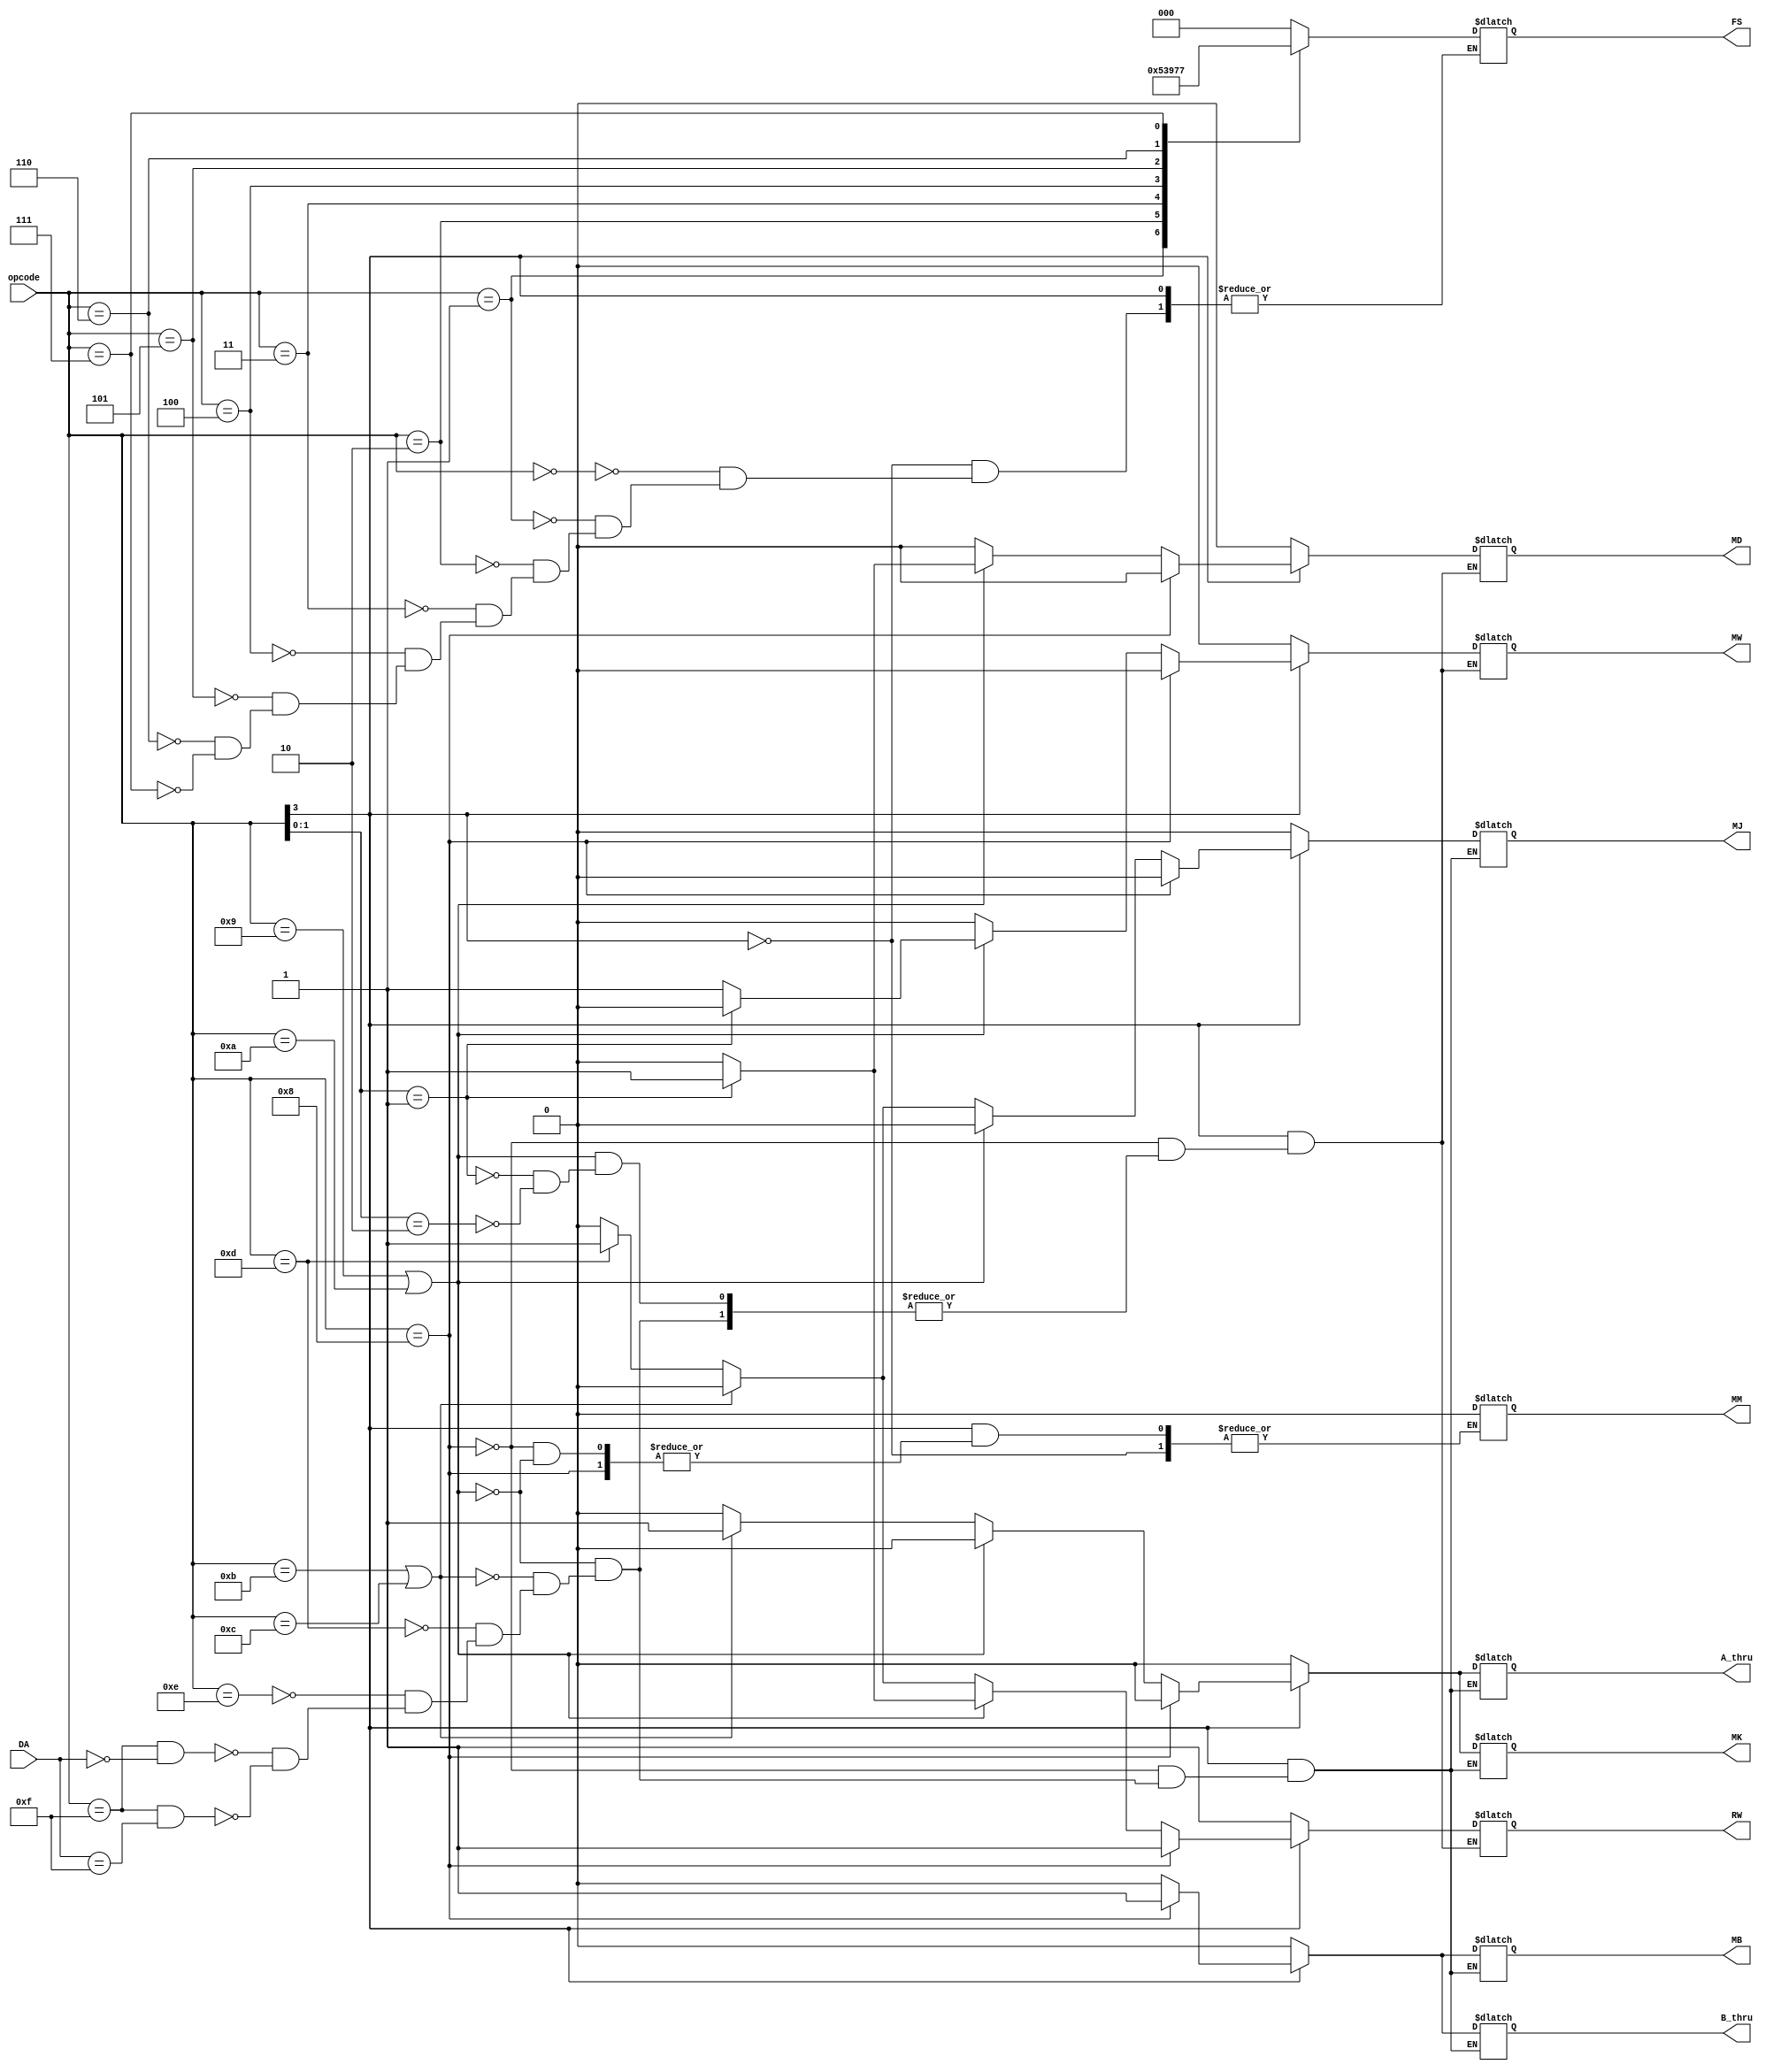
`timescale 1ns / 1ps
//////////////////////////////////////////////////////////////////////////////////
// Company: 
// Engineer: 
// 
// Design Name: 
// Module Name:    instruction_decoder 
// Project Name: 
// Target Devices: 
// Tool versions: 
// Description: 
//
// Dependencies: 
//
// Revision: 
// Revision 0.01 - File Created
// Additional Comments: 
//
//////////////////////////////////////////////////////////////////////////////////
module instruction_decoder(opcode, DA, FS, RW, MB, MD, MJ, MM, MW, MK, B_thru, A_thru);

	input [3:0] opcode, DA;
	
	output reg [2:0] FS;
	output reg RW, MB, MD, MJ, MM, MW, MK, A_thru, B_thru;
	
	always@(opcode)
	begin
		if(opcode[3] == 0)
		begin
			RW <= 1;
			MB <= 0;
			MD <= 0;
			MJ <= 0;
			MW <= 0;
			MK <= 0;
			A_thru <= 0;
			B_thru <= 0;
			case(opcode)
				4'b0000: FS <= 3'b000;
				4'b0001: FS <= 3'b001;
				4'b0010: FS <= 3'b010;
				4'b0011: FS <= 3'b011;
				4'b0100: FS <= 3'b100;
				4'b0101: FS <= 3'b101;
				4'b0110: FS <= 3'b110;
				4'b0111: FS <= 3'b111;
			endcase
		end
		
		else if(opcode == 4'b1000)
		begin
			RW <= 1;
			MB <= 1;
			MD <= 0;
			MJ <= 0;
			MW <= 0;
			MK <= 0;
			A_thru <= 0;
			B_thru <= 1;
		end
		
		else if(opcode == 4'b1001 || opcode == 4'b1010)
		begin
			MM <= 0;
			A_thru <= 0;
			B_thru <= 0;
			MJ <= 0;
			MB <= 0;
			MK <= 0;
			if(opcode[1:0] == 2'b01)
			begin
				RW <= 1;
				MD <= 1;
				MW <= 0;
			end
			else if(opcode[1:0] == 2'b10)
			begin
				RW <= 0;
				MD <= 0;
				MW <= 1;
			end
		end
		
		else if(opcode == 4'b1011 || opcode == 4'b1100)
		begin
			RW <= 0;
			MB <= 0;
			MD <= 0;
			MJ <= 0;
			MW <= 0;
			MK <= 1;
			A_thru <= 1;
			B_thru <= 0;
		end
		
		else if(opcode == 4'b1101)
		begin
			RW <= 1;
			MB <= 0;
			MD <= 0;
			MJ <= 1;
			MW <= 0;
			MK <= 0;
			A_thru <= 0;
			B_thru <= 0;
		end
		
		else if(opcode == 4'b1110)
		begin
			RW <= 0;
			MB <= 0;
			MD <= 0;
			MJ <= 0;
			MW <= 0;
			MK <= 0;
			A_thru <= 0;
			B_thru <= 0;
		end
		
		else if(opcode == 4'b1111 && DA == 4'b0000)
		begin
			RW <= 0;
			MB <= 0;
			MD <= 0;
			MJ <= 0;
			MW <= 0;
			MK <= 0;
			A_thru <= 0;
			B_thru <= 0;
		end
		
		else if(opcode == 4'b1111 && DA == 4'b1111)
		begin
			RW <= 0;
			MB <= 0;
			MD <= 0;
			MJ <= 0;
			MW <= 0;
			MK <= 0;
			A_thru <= 0;
			B_thru <= 0;
		end
	end
	
endmodule